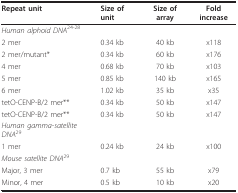
<table><thead><tr><td><b>Repeat unit</b></td><td><b>Size of unit</b></td><td><b>Size of array</b></td><td><b>Fold increase</b></td></tr></thead><tbody><tr><td><i>Human alphoid DNA</i><sup>24-28</sup></td><td></td><td></td><td></td></tr><tr><td>2 mer</td><td>0.34 kb</td><td>40 kb</td><td>x118</td></tr><tr><td>2 mer/mutant*</td><td>0.34 kb</td><td>60 kb</td><td>x176</td></tr><tr><td>4 mer</td><td>0.68 kb</td><td>70 kb</td><td>x103</td></tr><tr><td>5 mer</td><td>0.85 kb</td><td>140 kb</td><td>x165</td></tr><tr><td>6 mer</td><td>1.02 kb</td><td>35 kb</td><td>x35</td></tr><tr><td>tetO-CENP-B/2 mer**</td><td>0.34 kb</td><td>50 kb</td><td>x147</td></tr><tr><td>tetO-CENP-B/2 mer**</td><td>0.34 kb</td><td>50 kb</td><td>x147</td></tr><tr><td><i>Human gamma-satellite DNA</i><sup>29</sup></td><td></td><td></td><td></td></tr><tr><td>1 mer</td><td>0.24 kb</td><td>24 kb</td><td>x100</td></tr><tr><td><i>Mouse satellite DNA</i><sup>29</sup></td><td></td><td></td><td></td></tr><tr><td>Major, 3 mer</td><td>0.7 kb</td><td>55 kb</td><td>x79</td></tr><tr><td>Minor, 4 mer</td><td>0.5 kb</td><td>10 kb</td><td>x20</td></tr></tbody></table>